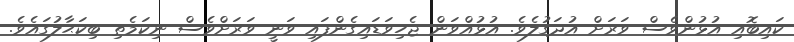
ކައިބޮއި އުޅުންވެސް ވަރަށް އުދަގުލެވެ. އުޅުއްވަން ޖެހިވަޑައިގެންފައި ވަނީ ވަރަށްވެސް ނިކަމެތި ބިކަޙާލުގައެވެ.